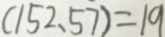
( 1 5 2 、 5 7 ) = 1 9